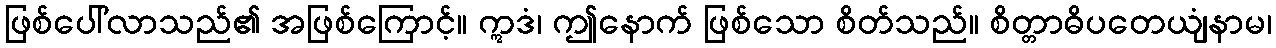
ဖြစ်ပေါ်လာသည်၏ အဖြစ်ကြောင့်။ ဣဒံ၊ ဤနောက် ဖြစ်သော စိတ်သည်။ စိတ္တာဓိပတေယျံနာမ၊